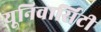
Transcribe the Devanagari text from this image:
यूनिवार्सिटी